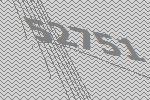
52751